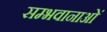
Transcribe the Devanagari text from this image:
सम्भवानाओं